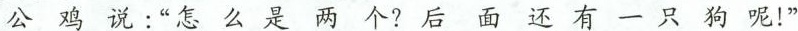
公鸡说：”怎么是两个？后面还有一只狗呢！